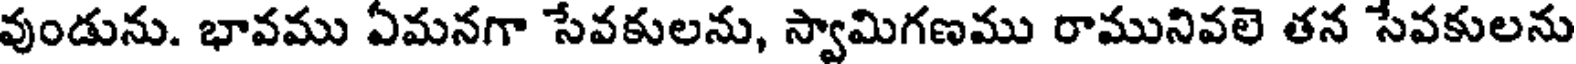
వుండును. భావము ఏమనగా సేవకులను, స్వామిగణము రామునివలె తన సేవకులను